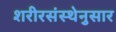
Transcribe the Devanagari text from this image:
शरीरसंस्थेनुसार